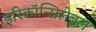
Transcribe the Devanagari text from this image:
इरिकॉन्सिलेबल